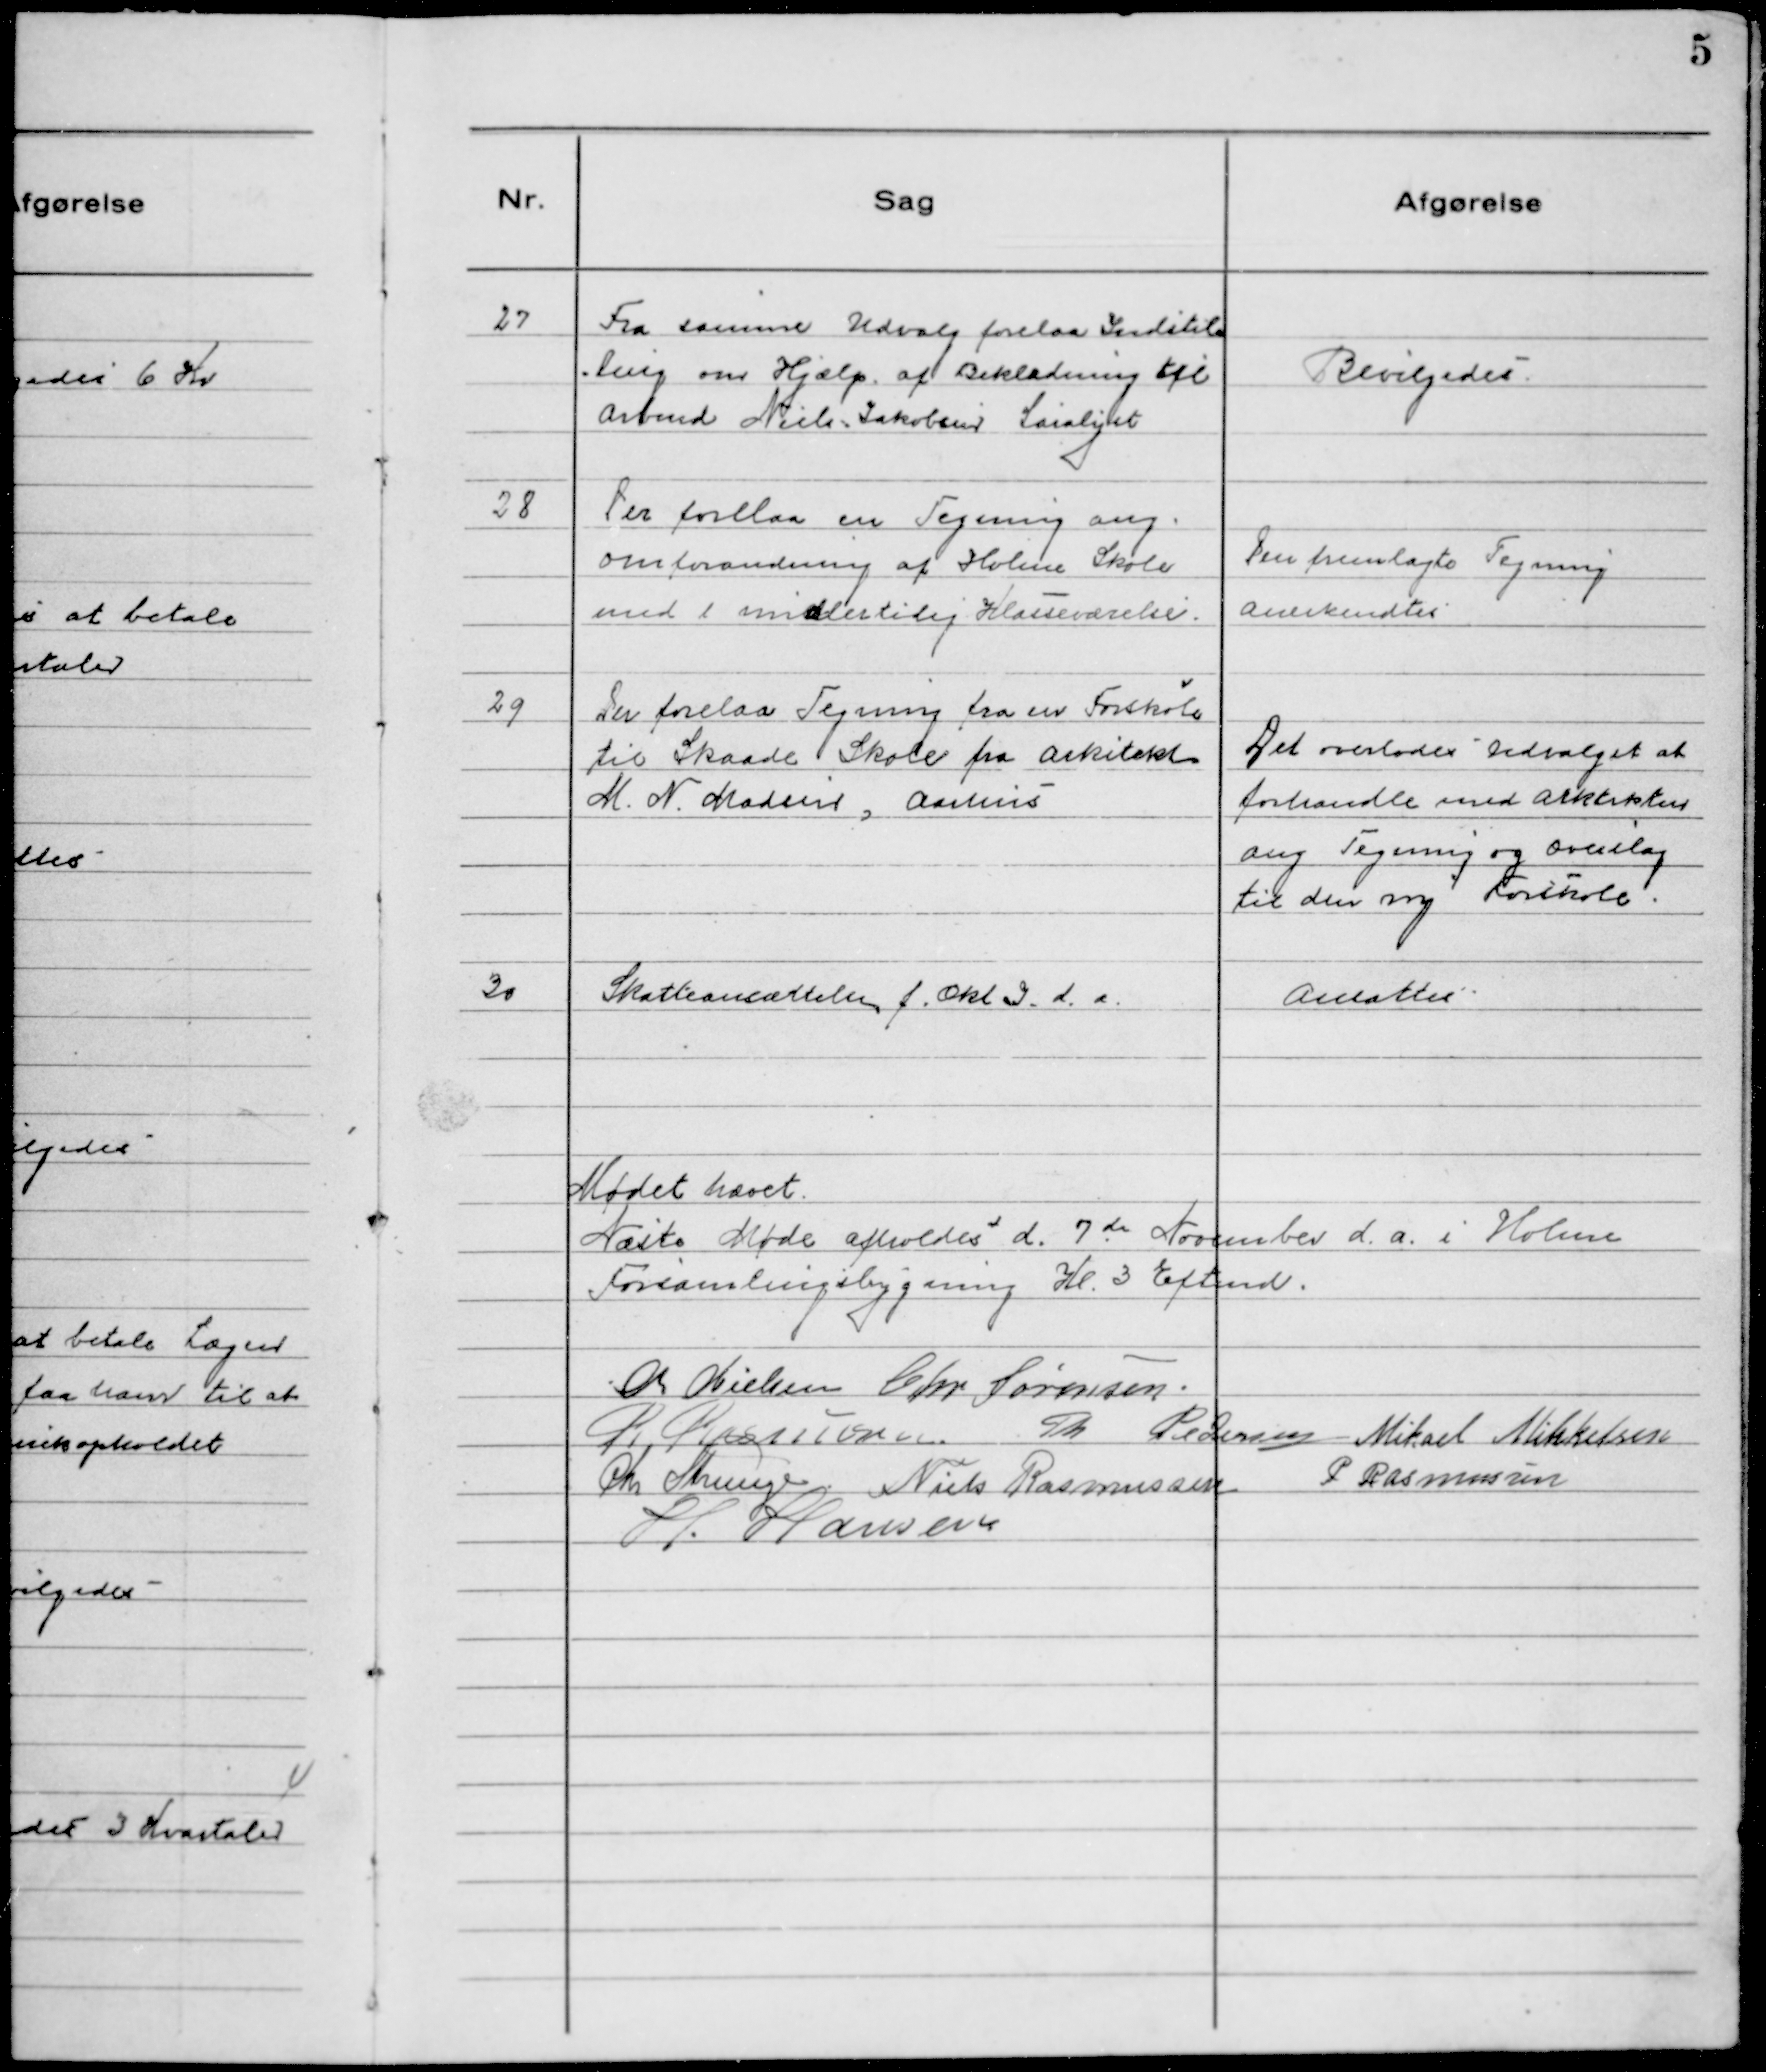
Transskription:
27. Fra samme Udvalg forelaa Indstil=
ling om Hjælp af Beklædning til
Arbmd. Niels Jakobsen Saralyst

Bevilgedes.

28 Der forelaa en Tegning ang.
omforandring af Holme Skole
med 1 midlertidig Klasseværelse.

Den fremlagte Tegning
anerkendtes

29 Der forelaa Tegning fra en Forskole
til Skaade Skole fra Arkitekt
M. N. Madsen, Aarhus

Det overlodes Udvalget at
forhandle med Arkitekten
ang tegning og Overslag
til den ny Forskole.

30 Skatteansættelse f. Okt I d. a.

Ansattes

Mødet hævet.
Næste Møde afholdes d. 7.de November d.a. i Holme
Forsamlingsbygning Kl. 3 Eftermd.
Ch. Nielsen Chr. Sørensen.
R Rasmussen. Th Pedersen Mikael Mikkelsen
Chr Strunge Niels Rasmussen P Rasmussen
H. Hansen